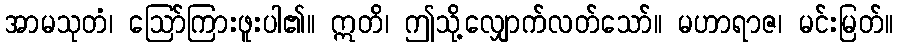
အာမသုတံ၊ ဩော်ကြားဖူးပါ၏။ ဣတိ၊ ဤသို့လျှောက်လတ်သော်။ မဟာရာဇ၊ မင်းမြတ်။